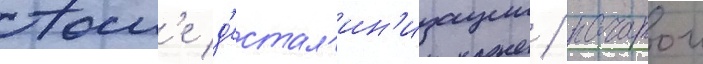
Посл'е д'естал'ин'изации / начатои